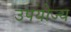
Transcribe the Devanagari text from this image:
उपयोज्य